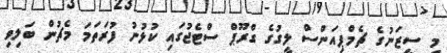
މި ސީޒަނުގެ ޗެމްޕިއަންސް ލީގުގެ ގްރޫޕް ސްޓެޖުގައި ކުޅުނު ފުރަތަމަ މެޗުން ބަލިވި